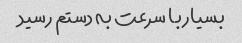
بسیار با سرعت به دستم رسید